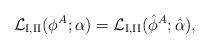
LaTeX: \begin{align*}{\cal L}_{\rm I,II}(\phi^A; \alpha) = {\cal L}_{\rm I,II}(\hat \phi^A; \hat \alpha), \end{align*}